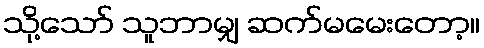
သို့သော် သူဘာမျှ ဆက်မမေးတော့။